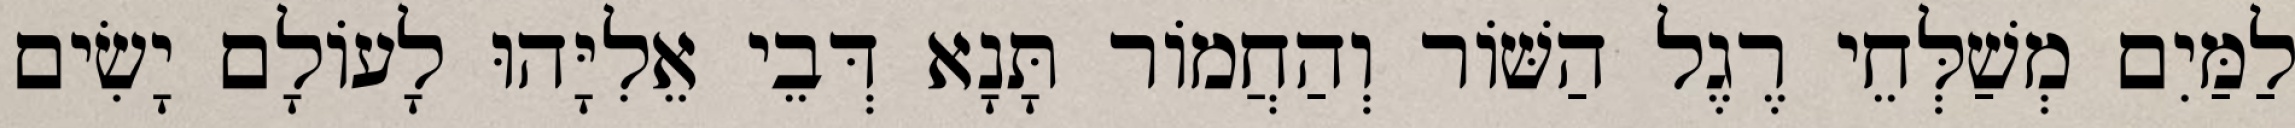
לַמַּיִם מְשַׁלְּחֵי רֶגֶל הַשּׁוֹר וְהַחֲמוֹר תָּנָא דְּבֵי אֵלִיָּהוּ לָעוֹלָם יָשִׂים